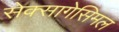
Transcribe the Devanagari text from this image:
सेक्सागेसिमल